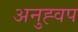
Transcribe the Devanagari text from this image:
अनुह्वप